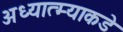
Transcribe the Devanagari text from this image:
अध्यात्म्याकडे